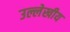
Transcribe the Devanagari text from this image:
उल्लेखीय